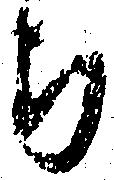
ち